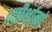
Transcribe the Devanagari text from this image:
॥तीर्थानां